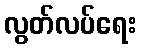
လွတ်လပ်ရေး